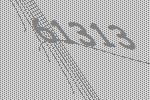
61313